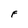
Character: F